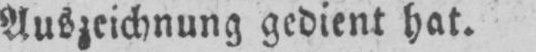
Auszeichnung gedient hat.